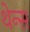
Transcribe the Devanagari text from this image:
थेन्स